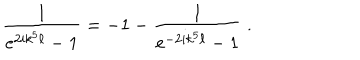
{ \frac { 1 } { e ^ { 2 i k ^ { 5 } \ell } - 1 } } = - 1 - { \frac { 1 } { e ^ { - 2 i k ^ { 5 } \ell } - 1 } } \ .